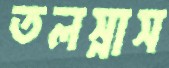
তলস্নাস